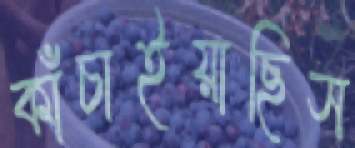
কাঁচাইয়াছিস